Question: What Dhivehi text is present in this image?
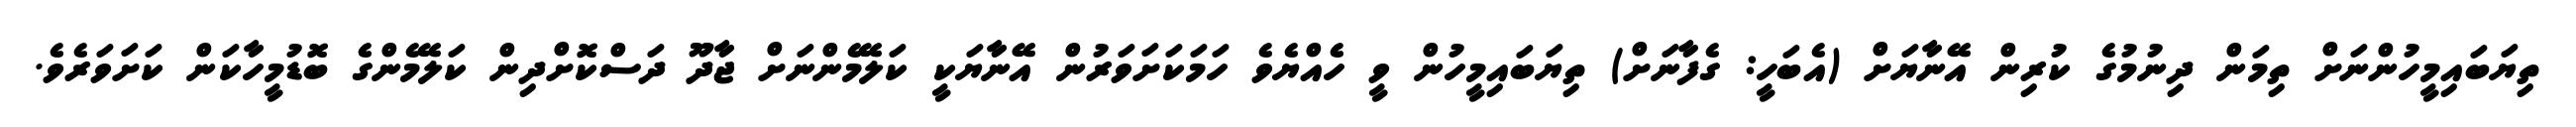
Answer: ތިޔަބައިމީހުންނަށް ތިމަން ދިނުމުގެ ކުރިން އޭނާޔަށް (އެބަހީ: ގެފާނަށް) ތިޔަބައިމީހުން ވީ ހެއްޔެވެ ހަމަކަށަވަރުން އޭނާޔަކީ ކަލޭމެންނަށް ޖާދޫ ދަސްކޮށްދިން ކަލޭމެންގެ ބޮޑުމީހާކަން ކަށަވަރެވެ.